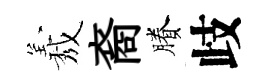
𦏁裔賸歧